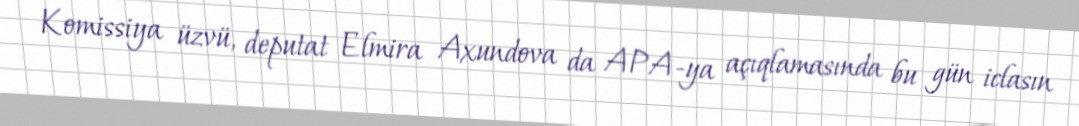
Komissiya üzvü, deputat Elmira Axundova da APA-ya açıqlamasında bu gün iclasın